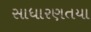
સાધારણતયા